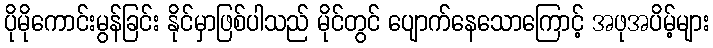
ပိုမိုကောင်းမွန်ခြင်း နိုင်မှာဖြစ်ပါသည် မိုင်တွင် ပျောက်နေသောကြောင့် အဖုအပိမ့်များ